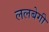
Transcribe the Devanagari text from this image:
ललबेगी